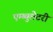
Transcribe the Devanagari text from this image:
एम्ब्युलेटरी